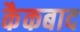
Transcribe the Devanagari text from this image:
कैकबाद